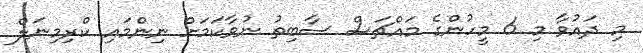
މި ދައުވާ މި 6 މީހުންގެ މައްޗަސް ސާބިތު ނުވާކަމަށް ނިންމައި ކްރިމިނަލް